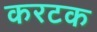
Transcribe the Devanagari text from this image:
करटक